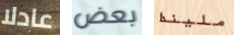
عادلا بعض مليندا